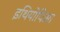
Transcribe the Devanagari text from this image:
इथियोपिआ